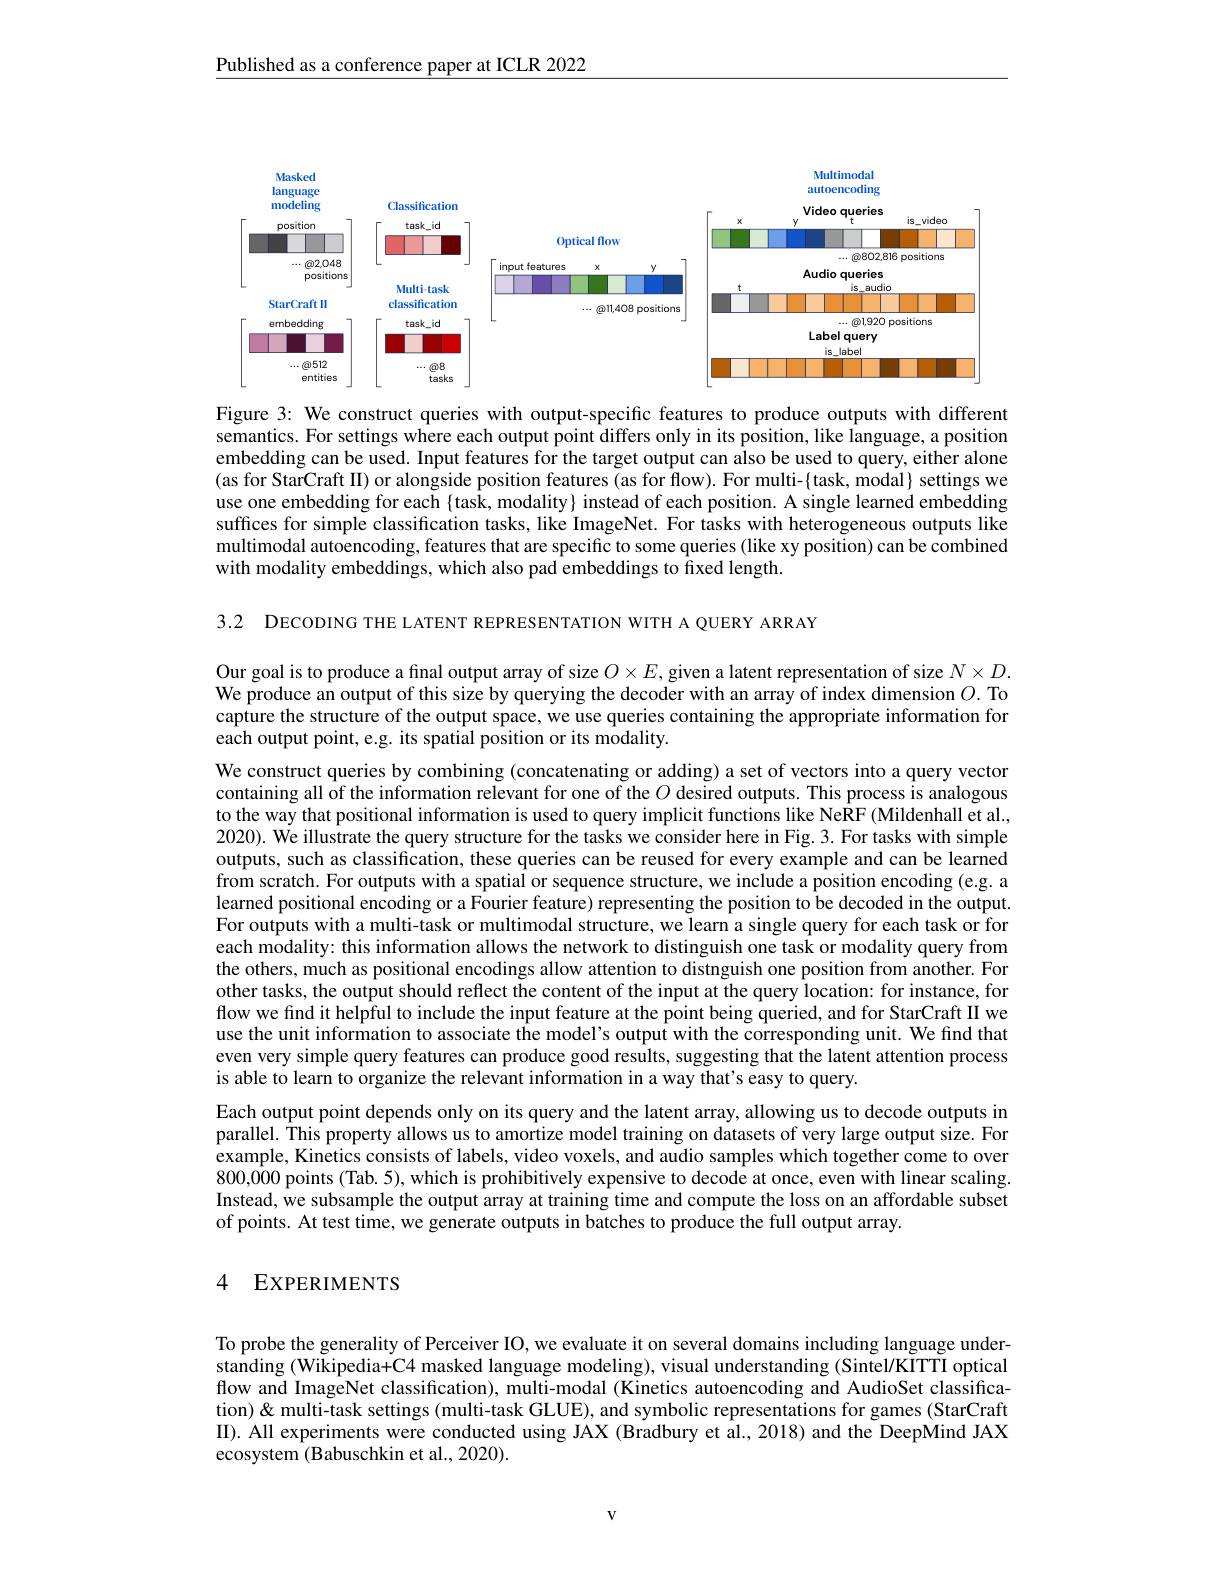
$\underline{\text{Published as a conference paper at ICLR 2022}}$

<FigureHere>

Figure 3: We construct queries with output-specific features to produce outputs with different semantics. For settings where each output point differs only in its position, like language, a position embedding can be used. Input features for the target output can also be used to query, either alone (as for StarCraft II) or alongside position features (as for flow). For multi-{task, modal} settings we use one embedding for each {task, modality} instead of each position. A single learned embedding suffices for simple classification tasks, like ImageNet. For tasks with heterogeneous outputs like multimodal autoencoding, features that are specific to some queries (like xy position) can be combined with modality embeddings, which also pad embeddings to fixed length.

3.2 DECODING THE LATENT REPRESENTATION WITH A QUERY ARRAY

Our goal is to produce a final output array of size $O\times E$, given a latent representation of size $N\times D.$ We produce an output of this size by querying the decoder with an array of index dimension $O.$ To capture the structure of the output space, we use queries containing the appropriate information for each output point, e.g. its spatial position or its modality.

We construct queries by combining (concatenating or adding) a set of vectors into a query vector containing all of the information relevant for one of the $O$ desired outputs. This process is analogous to the way that positional information is used to query implicit functions like NeRF (Mildenhall et al., 2020). We illustrate the query structure for the tasks we consider here in Fig. 3. For tasks with simple outputs, such as classification, these queries can be reused for every example and can be learned from scratch. For outputs with a spatial or sequence structure, we include a position encoding (e.g. a learned positional encoding or a Fourier feature) representing the position to be decoded in the output. For outputs with a multi-task or multimodal structure, we learn a single query for each task or for each modality: this information allows the network to distinguish one task or modality query from the others, much as positional encodings allow attention to distnguish one position from another. For other tasks, the output should reflect the content of the input at the query location: for instance, for flow we find it helpful to include the input feature at the point being queried, and for StarCraft II we use the unit information to associate the model's output with the corresponding unit. We find that even very simple query features can produce good results, suggesting that the latent attention process is able to learn to organize the relevant information in a way that's easy to query.
Each output point depends only on its query and the latent array, allowing us to decode outputs in parallel. This property allows us to amortize model training on datasets of very large output size. For example, Kinetics consists of labels, video voxels, and audio samples which together come to over $800,\tilde{000}$ points (Tab. 5), which is prohibitively expensive to decode at once, even with linear scaling. Instead, we subsample the output array at training time and compute the loss on an affordable subset of points. At test time, we generate outputs in batches to produce the full output array.

## 4 EXPERIMENTS

To probe the generality of Perceiver IO, we evaluate it on several domains including language understanding (Wikipedia+C4 masked language modeling), visual understanding (Sintel/KITTI optical flow and ImageNet classification), multi-modal (Kinetics autoencoding and AudioSet classification) & multi-task settings (multi-task GLUE), and symbolic representations for games (StarCraft II). All experiments were conducted using JAX (Bradbury et al.,2018) and the DeepMind JAX ecosystem (Babuschkin et al., 2020).